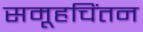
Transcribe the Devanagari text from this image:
समूहचिंतन